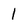
Character: 1